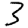
Digit: 3